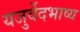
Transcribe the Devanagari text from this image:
यजुर्वेदभाष्य